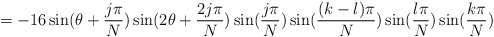
\begin{align*}=-16\sin(\theta+\frac{j\pi}{N})\sin(2\theta+\frac{2j\pi}{N})\sin(\frac{j\pi}{N})\sin(\frac{ (k-l)\pi}{N})\sin(\frac{ l\pi}{N})\sin(\frac{ k\pi}{N})\end{align*}